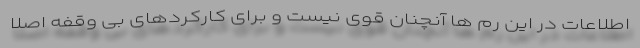
اطلاعات در این رم ها آنچنان قوی نیست و برای کارکردهای بی وقفه اصلا